Annual report of lunatic asylums [Bombay] - 1912-1922
Year: 1912
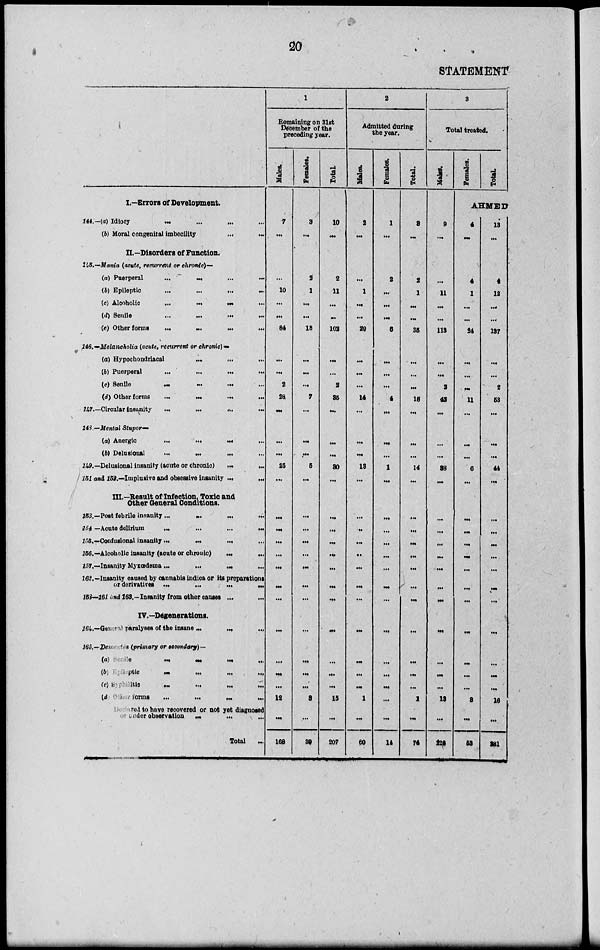
20
STATEMENT
I.—Errors of Development.
144.— (a) Idiocy
...
...
...
...
(b) Moral congenital imbecility
...
...
II.—Disorders of Function.
145.—Mania (acute, recurrent or chronic)—
(a) Puerperal
...
...
...
...
(b)
Epileptic
...
...
...
...
(c) Alcoholic
...
...
...
...
(d) Senile
...
...
...
...
(e) Other forms
...
...
...
...
146.—Melancholia (acute, recurrent or chronic)—
(a) Hypochondriacal
...
...
...
(b) Puerperal
...
...
...
...
(c) Senile
...
...
...
(d) Other forms
...
...
...
...
147.—Circular insanity
...
...
...
...
148 —Mental Stupor—
(a) Anergic
...
...
...
...
(b) Delusional
...
...
...
...
149.—Delusional insanity (acute or chronic) ... ...
151 and 152.—Implusive and obsessive insanity ... ...
III.—Result of Infection. Toxic and
Other General Conditions.
153.—Post febrile insanity ...
...
...
...
154 —Acute delirium
...
...
...
...
155.—Confusional insanity . ..
...
... ...
156.—Alcoholic insanity (acute or chronic)... ...
257.—Insanity Myxœdema ...
...
...
...
162.—Insanity caused by cannabis indica or its preparations
or derivatives
...
...
...
...
153—161 and 163 .–––Insanity from other causes ... ...
IV.—Degenerations.
164.—Geneval paralyses of the insane
...
...
...
...
165.––Dementia (primary or secondary)—
(a)
Senile
...
...
...
...
(b)
Epioleptic
...
...
...
...
(c)Syphilitic ... ... ... ...
(d) Other forms
...
...
...
...
Durbared to have recovered or not yet diagnosed
or under observation
...
...
...
Total
...
1
Remaining on 31st
December of the
preceding year.
Males.
7
...
...
10
...
...
84
...
...
2
28
...
...
...
25
...
...
...
...
...
...
...
...
...
...
...
...
12
...
168
Females.
3
...
2
1
...
...
18
...
...
...
7
...
...
...
5
...
...
...
...
...
...
...
...
...
...
...
...
3
...
39
Total.
10
...
2
11
. ..
...
102
...
...
2
35
...
...
...
30
...
...
...
...
...
...
...
...
...
...
...
...
15
...
207
2
Admitted during
the year.
Males.
2
...
...
1
...
...
29
...
...
...
14
...
...
...
18
...
...
..
...
..
...
...
...
...
...
...
...
1
...
60
Females.
1
...
2
...
...
...
6
...
...
...
4
...
...
...
1
...
...
...
...
...
...
...
...
...
...
...
...
...
...
14
Total.
3
...
2
1
...
...
35
...
...
...
18
...
...
...
14
...
...
...
...
...
...
...
...
...
...
...
...
1
...
74
3
Total treated.
Males.
9
...
...
11
...
...
113
...
...
2
42
...
...
...
38
...
...
...
...
...
...
...
...
...
...
...
...
13
...
228
Females. Total.
AHMED
4
...
4
1
...
...
24
...
...
...
11
...
...
...
6
...
...
...
...
...
...
...
...
...
...
...
...
3
...
53
18
...
4
12
...
...
137
...
...
2
58
...
...
...
44
...
...
...
...
...
...
...
...
...
...
...
...
16
...
291